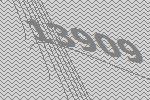
13909